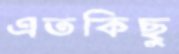
এতকিছু